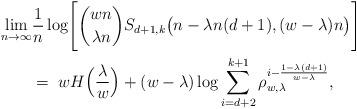
LaTeX: \begin{align*}\begin{aligned} \lim_{n \to \infty} &\frac{1}{n} \log\!\Bigg[ \binom{w n}{\lambda n} S_{d+1,k}\big(n - \lambda n (d+1), (w - \lambda) n\big) \Bigg] \\ &= \; w H\Big(\frac{\lambda}{w}\Big) + (w - \lambda) \log \sum_{i=d+2}^{k+1} \rho_{w,\lambda}^{i - \frac{1-\lambda(d+1)}{w - \lambda}} ,\end{aligned}\end{align*}